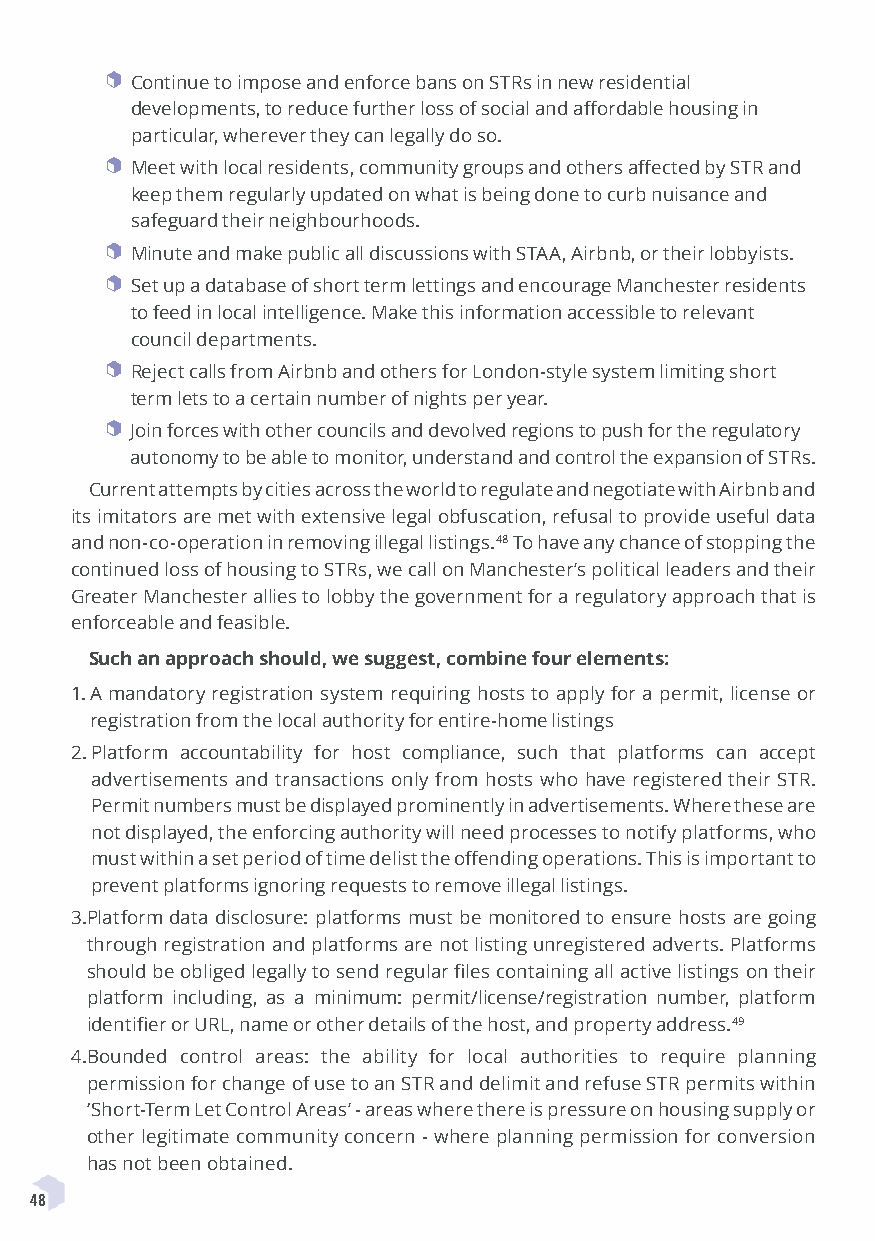
C ontinue to impose and enforce bans on STRs in new residential
 developments, to reduce further loss of social and affordable housing in
 particular, wherever they can legally do so.
 M eet with local residents, community groups and others affected by STR and
 keep them regularly updated on what is being done to curb nuisance and
 safeguard their neighbourhoods.
 M inute and make public all discussions with STAA, Airbnb, or their lobbyists.
 S et up a database of short term lettings and encourage Manchester residents
 to feed in local intelligence. Make this information accessible to relevant
 council departments.
 Reject calls from Airbnb and others for London-style system limiting short
 term lets to a certain number of nights per year.
 J oin forces with other councils and devolved regions to push for the regulatory
 autonomy to be able to monitor, understand and control the expansion of STRs.
 Current attempts by cities across the world to regulate and negotiate with Airbnb and
 its imitators are met with extensive legal obfuscation, refusal to provide useful data
 and non-co-operation in removing illegal listings.48 To have any chance of stopping the
 continued loss of housing to STRs, we call on Manchester’s political leaders and their
 Greater Manchester allies to lobby the government for a regulatory approach that is
 enforceable and feasible.
 Such an approach should, we suggest, combine four elements:
 1. A mandatory registration system requiring hosts to apply for a permit, license or
 registration from the local authority for entire-home listings
 2. Platform accountability for host compliance, such that platforms can accept
 advertisements and transactions only from hosts who have registered their STR.
 Permit numbers must be displayed prominently in advertisements. Where these are
 not displayed, the enforcing authority will need processes to notify platforms, who
 must within a set period of time delist the offending operations. This is important to
 prevent platforms ignoring requests to remove illegal listings.
 3. Platform data disclosure: platforms must be monitored to ensure hosts are going
 through registration and platforms are not listing unregistered adverts. Platforms
 should be obliged legally to send regular files containing all active listings on their
 platform including, as a minimum: permit/license/registration number, platform
 identifier or URL, name or other details of the host, and property address.49
 4. Bounded control areas: the ability for local authorities to require planning
 permission for change of use to an STR and delimit and refuse STR permits within
 ‘Short-Term Let Control Areas’ - areas where there is pressure on housing supply or
 other legitimate community concern - where planning permission for conversion
 has not been obtained.
 48